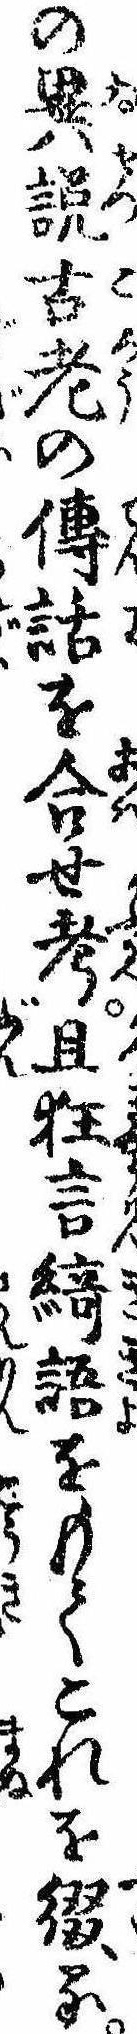
の異説古老の伝話を合せ考且狂言綺語をもてこれを綴る